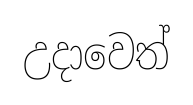
උදාවෙත්